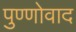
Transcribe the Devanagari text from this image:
पुण्णोवाद